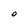
Character: O